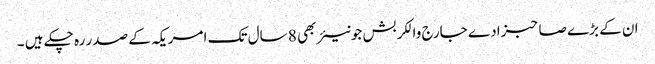
ان کے بڑے صاحبزادے جارج والکر بش جونیئر بھی 8 سال تک امریکہ کے صدر رہ چکے ہیں ۔